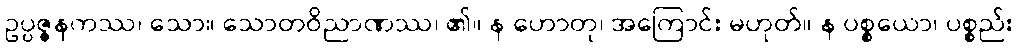
ဥပ္ပဇ္ဇနကဿ၊ သော။ သောတဝိညာဏဿ၊ ၏။ န ဟောတု၊ အကြောင်း မဟုတ်။ န ပစ္စယော၊ ပစ္စည်း